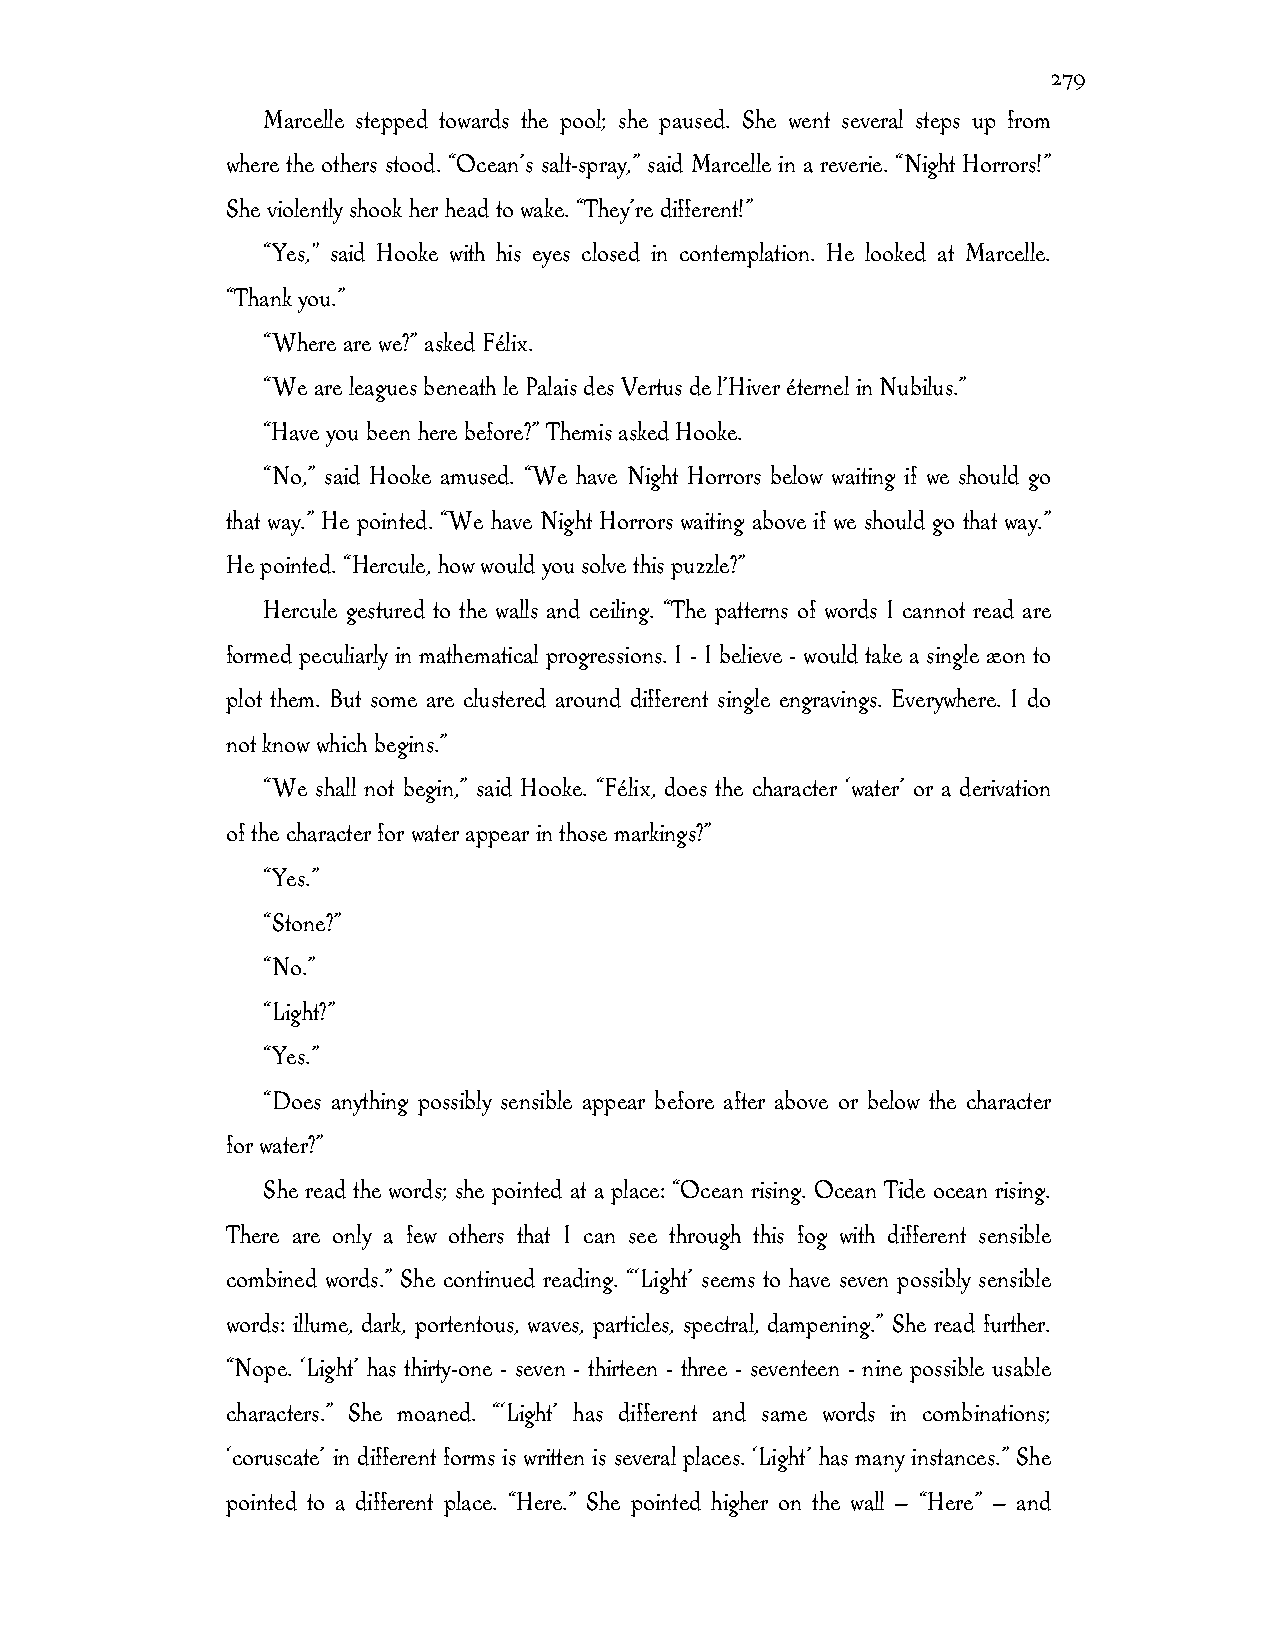
279
 Marcelle stepped towards the pool; she paused. She went several steps up from
 where the others stood. “Ocean’s salt-spray,” said Marcelle in a reverie. “Night Horrors!”
 She violently shook her head to wake. “They’re different!”
 “Yes," said Hooke with his eyes closed in contemplation. He looked at Marcelle.
 “Thank you.”
 “Where are we?” asked Félix.
 “We are leagues beneath le Palais des Vertus de l’Hiver éternel in Nubilus.”
 “Have you been here before?” Themis asked Hooke.
 “No,” said Hooke amused. “We have Night Horrors below waiting if we should go
 that way.” He pointed. “We have Night Horrors waiting above if we should go that way.”
 He pointed. “Hercule, how would you solve this puzzle?”
 Hercule gestured to the walls and ceiling. “The patterns of words I cannot read are
 formed peculiarly in mathematical progressions. I - I believe - would take a single æon to
 plot them. But some are clustered around different single engravings. Everywhere. I do
 not know which begins.”
 “We shall not begin,” said Hooke. “Félix, does the character ‘water’ or a derivation
 of the character for water appear in those markings?”
 “Yes.”
 “Stone?”
 “No.”
 “Light?”
 “Yes.”
 “Does anything possibly sensible appear before after above or below the character
 for water?”
 She read the words; she pointed at a place: “Ocean rising. Ocean Tide ocean rising.
 There are only a few others that I can see through this fog with different sensible
 combined words.” She continued reading. “‘Light’ seems to have seven possibly sensible
 words: illume, dark, portentous, waves, particles, spectral, dampening.” She read further.
 “Nope. ‘Light’ has thirty-one - seven - thirteen - three - seventeen - nine possible usable
 characters.” She moaned. “‘Light’ has different and same words in combinations;
 ‘coruscate’ in different forms is written is several places. ‘Light’ has many instances.” She
 pointed to a different place. “Here.” She pointed higher on the wall — “Here” — and